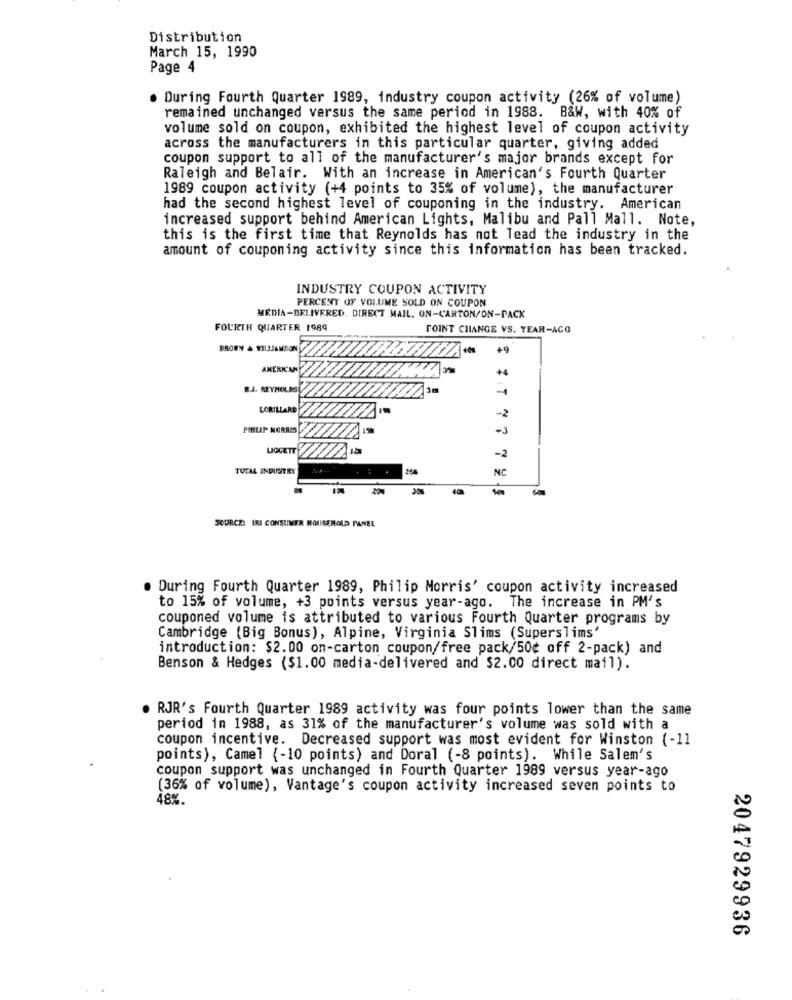
Distribution
March 15, 1990
Page 4
. During Fourth Quarter 1989, industry coupon activity (26% of volume)
remained unchanged versus the same period in 1988. B&W, with 40% of
volume sold on coupon, exhibited the highest level of coupon activity
across the manufacturers in this particular quarter, giving added
coupon support to all of the manufacturer's major brands except for
Raleigh and Belair. With an increase in American's Fourth Quarter
1989 coupon activity (+4 points to 35% of volume), the manufacturer
had the second highest level of couponing in the industry. American
increased support behind American Lights, Malibu and Pall Mall. Note,
this is the first time that Reynolds has not lead the industry in the
amount of couponing activity since this information has been tracked.
INDUSTRY COUPON ACTIVITY
PERCENT OF VOLUME SOLD ON COUPON
MEDIA-DELIVERED. DIRECT MAIL. ON-CARTON/ON-PACK
FOURTH QUARTER 1989
POINT CHANGE VS. YEAR-AGO
BROWN & WILLIAMSO
+9
AMERICAN
+4
R.J. REYNOLDS
-4
LORILLARD
-2
PHILIP MORRIS
-1
LIGGETT
-2
TOTAL INDUSTRY
NC
SOURCE: IRI CONSUMER HOUSEHOLD PANEL
. During Fourth Quarter 1989, Philip Morris' coupon activity increased
to 15% of volume, +3 points versus year-ago. The increase in PM's
couponed volume is attributed to various Fourth Quarter programs by
Cambridge (Big Bonus), Alpine, Virginia Slims (Superslims'
introduction: $2.00 on-carton coupon/free pack/50¢ off 2-pack) and
Benson & Hedges ($1.00 media-delivered and $2.00 direct mail).
. RJR's Fourth Quarter 1989 activity was four points lower than the same
period in 1988, as 31% of the manufacturer's volume was sold with a
coupon incentive. Decreased support was most evident for Winston (-11
points), Camel {-10 points) and Doral (-8 points). While Salem's
coupon support was unchanged in Fourth Quarter 1989 versus year-ago
(36% of volume), Vantage's coupon activity increased seven points to
48%.
2047929936